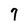
Character: 7